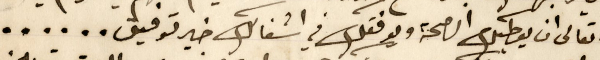
له تعالى ان يعطيك الصحة ويوفقك في اشغالك خير توفيق......